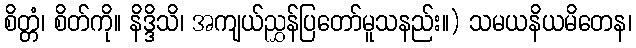
စိတ္တံ၊ စိတ်ကို။ နိဒ္ဒိသိ၊ အကျယ်ညွှန်ပြတော်မူသနည်း။) သမယနိယမိတေန၊